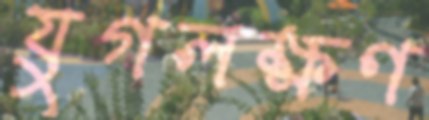
যুগলক্ষণ